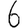
Digit: 6